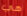
هي